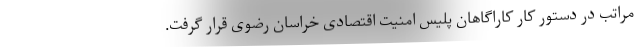
مراتب در دستور کار کاراگاهان پلیس امنیت اقتصادی خراسان رضوی قرار گرفت.